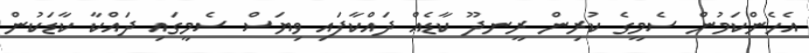
އެހެންކަމުން ސެމީގެ ކުރިން ރީނދޫ ކާޑެއް ދައްކާފައި ވިޔަސް ސެމީގައި ދައްކާ ކާޑަކުން